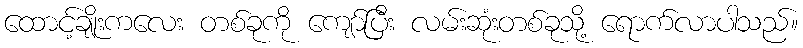
ထောင့်ချိုးကလေး တစ်ခုကို ကျော်ပြီး လမ်းဆုံးတစ်ခုသို့ ရောက်လာပါသည်။